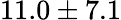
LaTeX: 11.0\pm 7.1